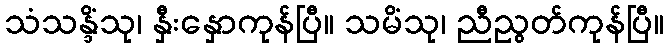
သံသန္ဒိံသု၊ နှီးနှောကုန်ပြီ။ သမိံသု၊ ညီညွတ်ကုန်ပြီ။